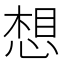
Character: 想